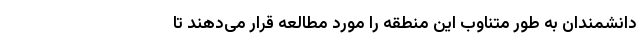
دانشمندان به طور متناوب این منطقه را مورد مطالعه قرار می‌دهند تا